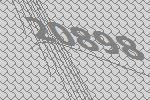
20898